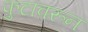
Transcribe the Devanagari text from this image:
फुटावरून